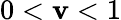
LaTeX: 0<\mathbf{v}<1